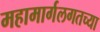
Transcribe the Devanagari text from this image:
महामार्गलगतच्या